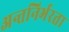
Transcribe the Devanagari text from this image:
अन्तनिर्भरता